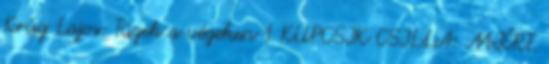
Krúg Lajos: Tüzek a végeken 1 KUPCSIK CSILLA: MIÉRT.